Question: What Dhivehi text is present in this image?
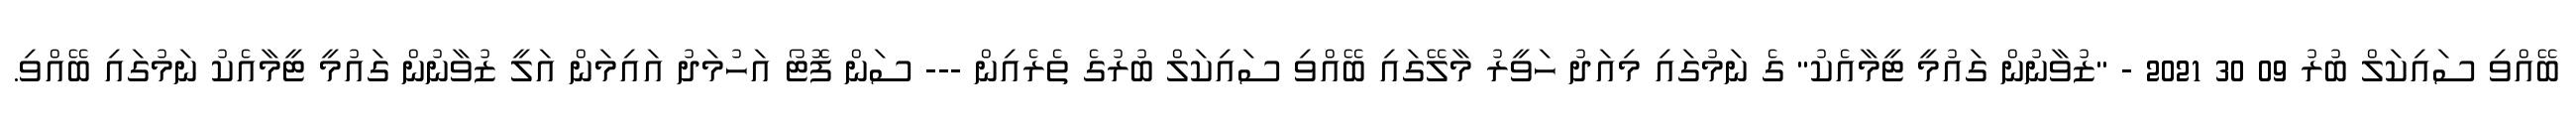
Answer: ބޭއްވި ސައިކަލް ބުރު 09 30 2021 - "ޒުވާނުން ގައުމީ ޓީމާއެކު" ގެ ނަމުގައި މިއަދު ހަވީރު މާލޭގައި ބޭއްވި ސައިކަލް ބުރުގެ ތެރެއިން --- ސަން ފޮޓޯ އަހުމަދު އައިމަން އަލީ ޒުވާނުން ގައުމީ ޓީމާއެކު ނަމުގައި ބޭއްވި.